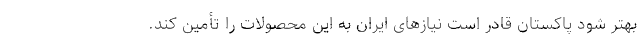
بهتر شود پاکستان قادر است نیازهای ایران به این محصولات را تأمین کند.